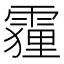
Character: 𮦦